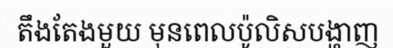
តឹងតែងមួយ មុនពេលប៉ូលិសបង្ហាញ